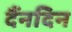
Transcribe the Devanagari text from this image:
दैंनदिन